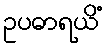
ဥပဓာရယိံ